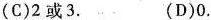
(C)2或3. (D)0.